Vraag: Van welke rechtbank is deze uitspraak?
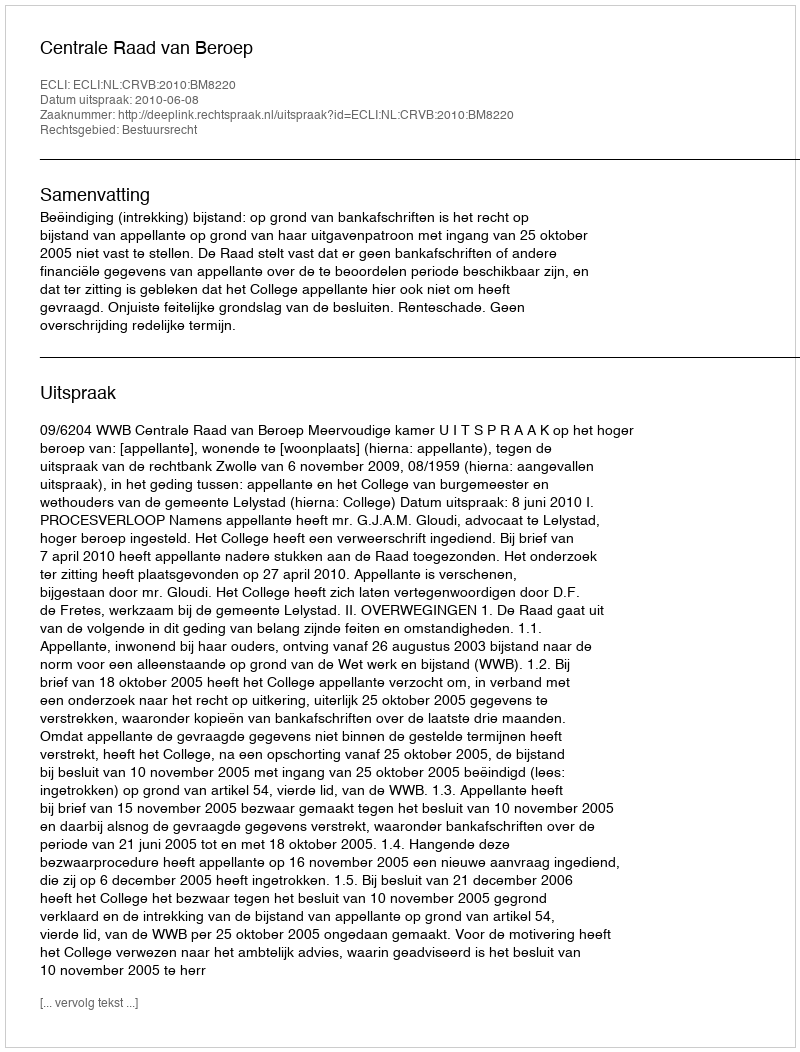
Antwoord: Centrale Raad van Beroep